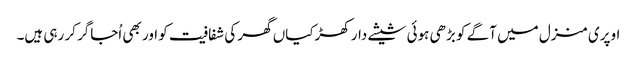
اوپری منزل میں آگے کو بڑھی ہوئی شیشے دار کھڑکیاں گھر کی شفافیت کو اور بھی اُجاگر کر رہی ہیں۔